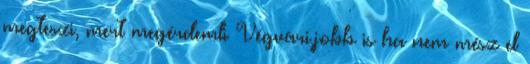
megteszi, mert megérdemli Végvári,jobb is ha nem mész el